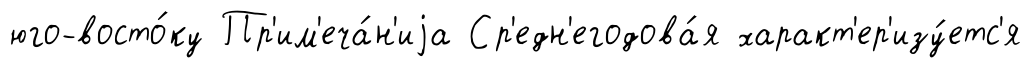
юго-восто́ку Пр'им'еча́н'иjа Ср'едн'егодова́я характ'ер'изу́етс'я